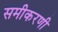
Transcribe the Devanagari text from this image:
समीकरणी